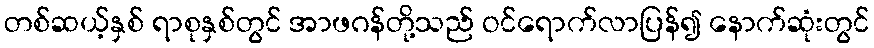
တစ်ဆယ့်နှစ် ရာစုနှစ်တွင် အာဖဂန်တို့သည် ဝင်ရောက်လာပြန်၍ နောက်ဆုံးတွင်